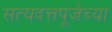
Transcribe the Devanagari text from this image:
सत्यदत्तपूजेच्या